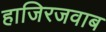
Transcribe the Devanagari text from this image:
हाजिरजवाब